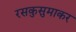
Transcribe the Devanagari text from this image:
रसकुसुमाकर